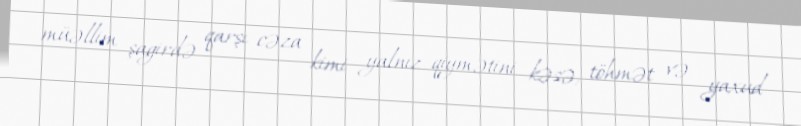
müəllim şagirdə qarşı cəza kimi yalnız qiymətini kəsə, töhmət və yaxud